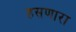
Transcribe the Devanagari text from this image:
हसणारा